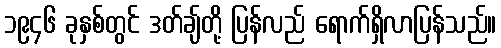
၁၉၄၆ ခုနှစ်တွင် ဒတ်ချ်တို့ ပြန်လည် ရောက်ရှိလာပြန်သည်။